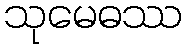
သုမေဓဿ